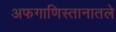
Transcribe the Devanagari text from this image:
अफगाणिस्तानातले